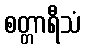
စတ္တာရီသံ